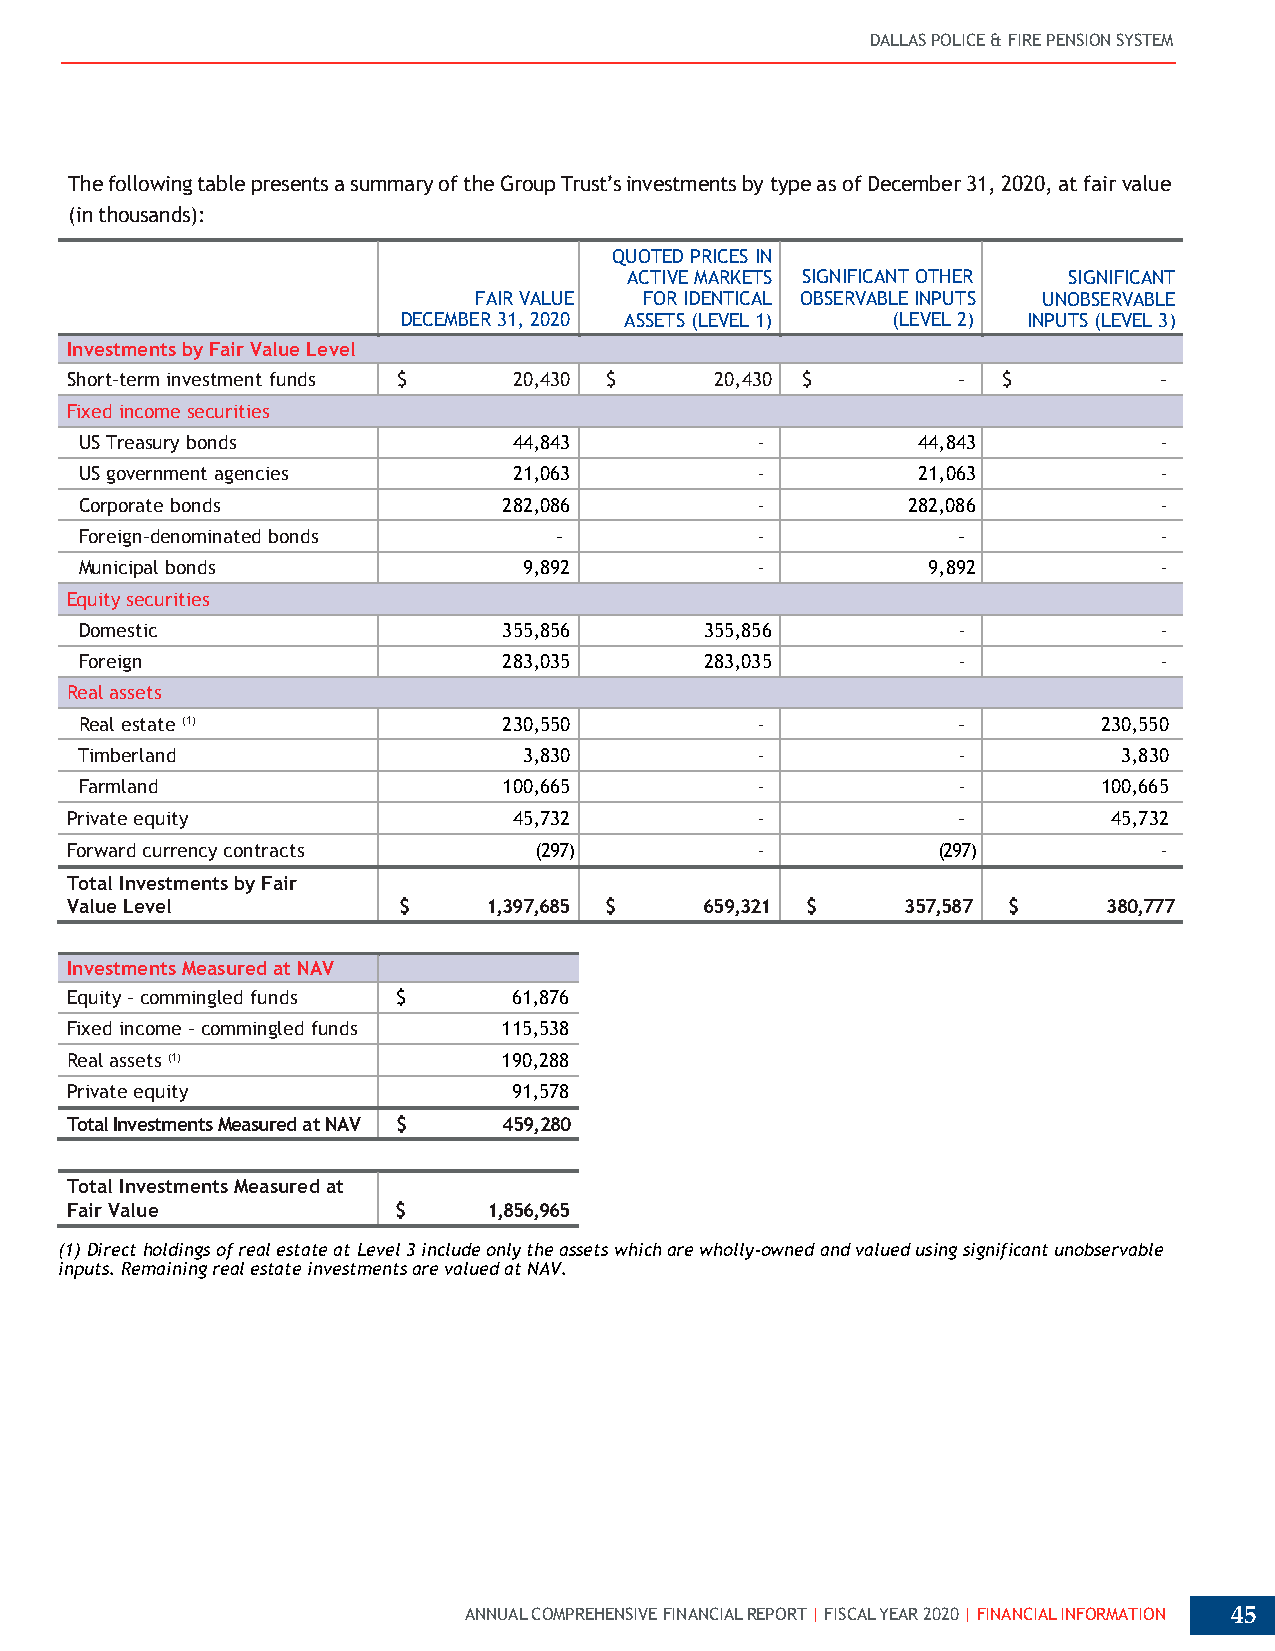
DALLAS POLICE & FIRE PENSION SYSTEM
 The following table presents a summary of the Group Trust’s investments by type as of December 31, 2020, at fair value
 (in thousands):
 QUOTED PRICES IN
 ACTIVE MARKETS SIGNIFICANT OTHER SIGNIFICANT
 FAIR VALUE  FOR IDENTICAL OBSERVABLE INPUTS UNOBSERVABLE
 DECEMBER 31, 2020 ASSETS (LEVEL 1) (LEVEL 2) INPUTS (LEVEL 3)
 Investments by Fair Value Level
 Short-term investment funds $ 20,430 $     20,430 $        -  $          -
 Fixed income securities
 US Treasury bonds            44,843          -          44,843          -
 US government agencies       21,063          -          21,063          -
 Corporate bonds             282,086          -         282,086          -
 Foreign-denominated bonds       -            -            -             -
 Municipal bonds               9,892          -          9,892           -
 Equity securities
 Domestic                    355,856       355,856          -            -
 Foreign                     283,035       283,035          -            -
 Real assets
 Real estate (1)             230,550          -            -         230,550
 Timberland                    3,830          -            -          3,830
 Farmland                    100,665          -            -         100,665
 Private equity                45,732          -            -          45,732
 Forward currency contracts     (297)          -           (297)          -
 Total Investments by Fair
 Value Level           $     1,397,685 $    659,321 $    357,587 $    380,777
 Investments Measured at NAV
 Equity - commingled funds $   61,876
 Fixed income - commingled funds 115,538
 Real assets (1)              190,288
 Private equity                91,578
 Total Investments Measured at NAV $ 459,280
 Total Investments Measured at
 Fair Value            $     1,856,965
 (1) Direct holdings of real estate at Level 3 include only the assets which are wholly-owned and valued using significant unobservable
 inputs. Remaining real estate investments are valued at NAV.
 ANNUAL COMPREHENSIVE FINANCIAL REPORT | FISCAL YEAR 2020 | FINANCIAL INFORMATION 45